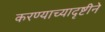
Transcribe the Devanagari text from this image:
करण्याच्यादृष्टीने